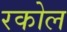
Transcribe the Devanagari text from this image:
रकोल